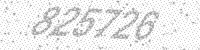
Solution: 825726